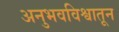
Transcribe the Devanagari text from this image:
अनुभवविश्वातून